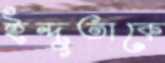
ইন্দুতাকে